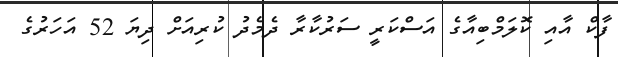
ފާކް އާއި ކޮލަމްބިއާގެ އަސްކަރީ ސަރުކާރާ ދެމެދު ކުރިއަށް ދިޔަ 52 އަހަރުގެ